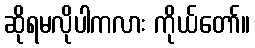
ဆိုရမလိုပါကလား ကိုယ်တော်။